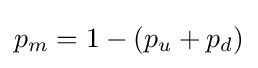
p_{m}=1-(p_{u}+p_{d})